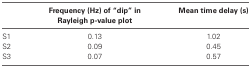
<table><thead><tr><td></td><td><b>Frequency (Hz) of “dip” in Rayleigh p-value plot</b></td><td><b>Mean time delay (s)</b></td></tr></thead><tbody><tr><td>S1</td><td>0.13</td><td>1.02</td></tr><tr><td>S2</td><td>0.09</td><td>0.45</td></tr><tr><td>S3</td><td>0.07</td><td>0.57</td></tr></tbody></table>